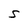
Character: S